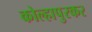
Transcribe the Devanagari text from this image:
कोल्हापुरकर